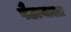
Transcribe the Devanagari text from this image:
पैठावाला